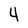
Character: 4